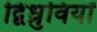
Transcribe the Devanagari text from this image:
द्विध्रुवियों